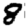
Digit: 8